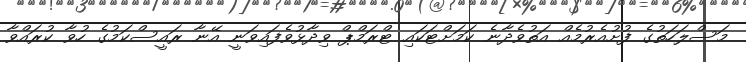
މަސްލަހަތުގެ ފުށުއެރުމެއް އަތުވެދާނެ ކަމަށްޓަކައި ޓްރަމްޕް ވިދާޅުވެފައިވަނީ އޭނާ ރައީސްކަމުގެ ހުވާ ކުރައްވާ